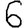
Digit: 6